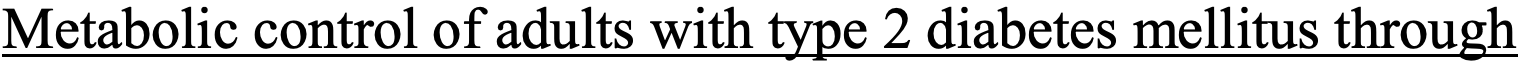
Metabolic control of adults with type 2 diabetes mellitus through